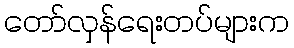
တော်လှန်ရေးတပ်များက